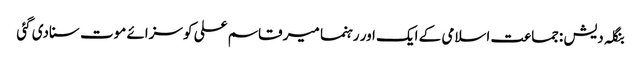
بنگلہ دیش :جماعت اسلامی کے ایک اور رہنما میر قاسم علی کو سزائے موت سنادی گئی